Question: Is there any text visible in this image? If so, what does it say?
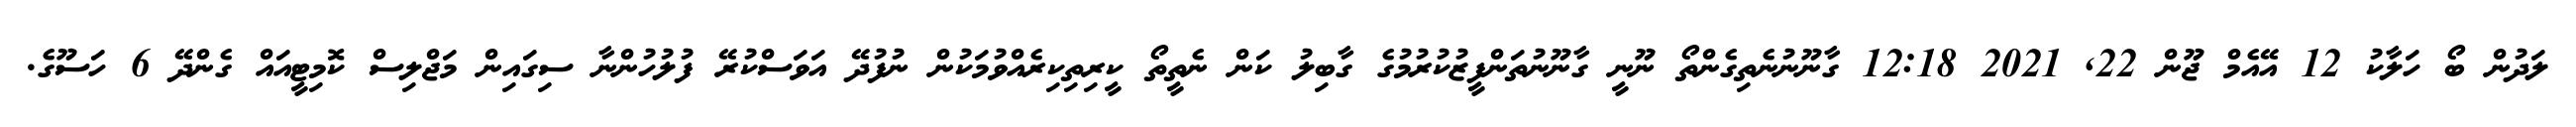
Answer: ލަދުން ބޯ ހަލާކު 12 އޭއެމް ޖޫން 22, 2021 12:18 ގާނޫނުނެތިގެންތޯ ނޫނީ ގާނޫނުތަންފީޒުކުރުމުގެ ގާބިލު ކަން ނެތީތޯ ކީރިތިކިރެއްވުމަކުން ނުފުދޭ އަވަސްކުރޭ ފުލުހުންނާ ސިގައިން މަޖްލިސް ކޮމިޓީއައް ގެންދޭ 6 ހަސޫގެ.